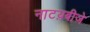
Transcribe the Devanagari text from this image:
नाटय़बीजे